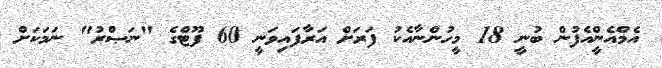
އެމްއެންީއެފުން ބުނީ 18 މީހުންނާއެކު ފަރަށް އަރާފައިވަނީ 60 ފޫޓްގެ "ނަޞްރު" ނަމަކަށް